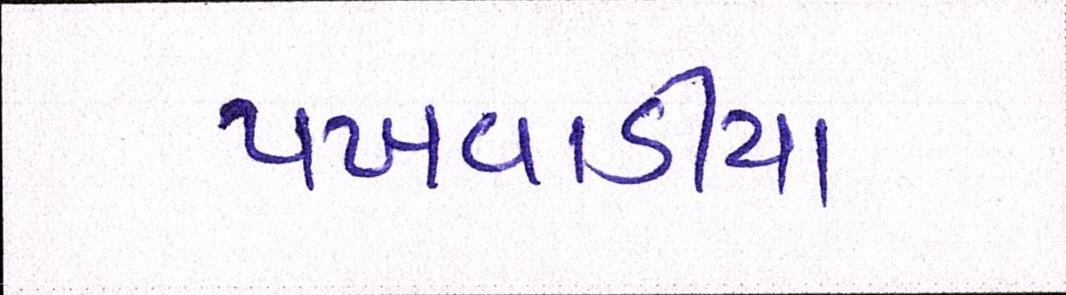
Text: પખવાડીયા